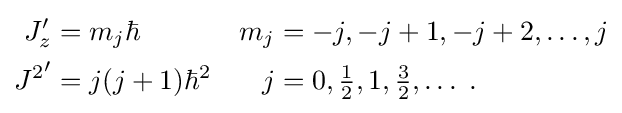
{\begin{aligned}J_{z}'&=m_{j}\hbar &m_{j}&=-j,-j+1,-j+2,\dots ,j\\{J^{2}}'&=j(j+1)\hbar ^{2}&j&=0,{\tfrac {1}{2}},1,{\tfrac {3}{2}},\dots \;.\end{aligned}}